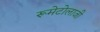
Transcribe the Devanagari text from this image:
रूमेटोलाजी